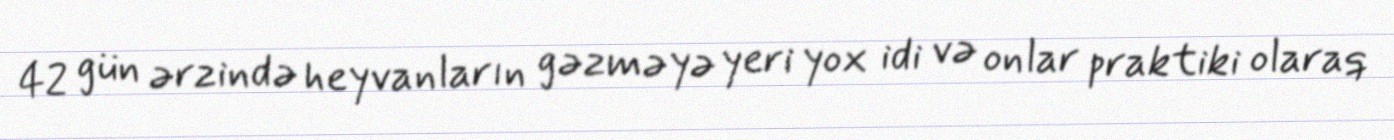
42 gün ərzində heyvanların gəzməyə yeri yox idi və onlar praktiki olaraq